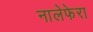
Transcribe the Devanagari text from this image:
नालेफेरा